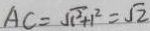
A C = \sqrt { 1 ^ { 2 } + 1 ^ { 2 } } = \sqrt { 2 }